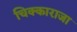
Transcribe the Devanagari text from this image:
चिक्काराजा